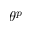
\theta ^ { p }